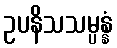
ဥပနိသသမ္ပန္နံ